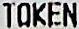
TOKEN